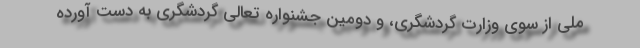
ملی از سوی وزارت گردشگری، و دومین جشنواره تعالی گردشگری به دست آورده